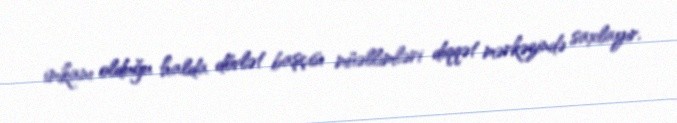
imkanı olduğu halda dövlət başçısı müəllimləri diqqət mərkəzində saxlayır.